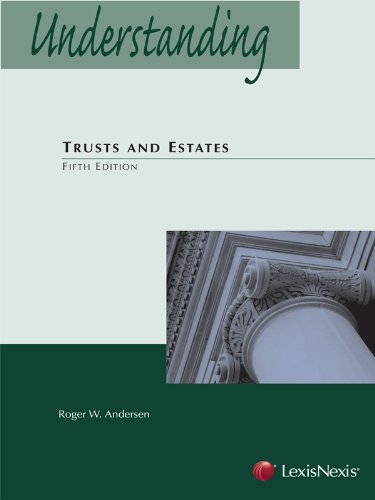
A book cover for Understanding Trusts and Estates Fifth Edition; Roger W. Andersen; Law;